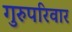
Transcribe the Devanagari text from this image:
गुरुपरिवार